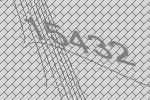
15432